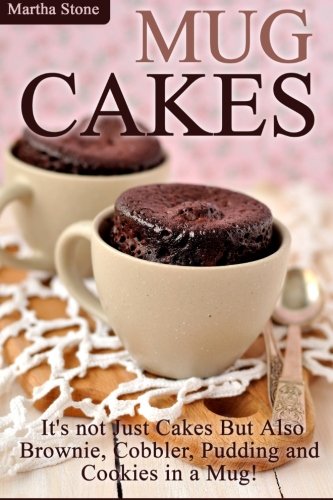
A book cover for Mug Cakes: It's not Just Cakes But Also Brownie, Cobbler, Pudding and Cookies in a Mug!; Martha Stone; Cookbooks, Food & Wine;